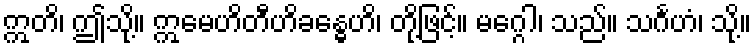
ဣတိ၊ ဤသို့။ ဣမေဟိတီဟိခန္ဓေဟိ၊ တို့ဖြင့်။ မဂ္ဂေါ၊ သည်။ သင်္ဂဟံ၊ သို့။